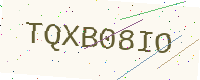
Text: TQXB08IO